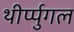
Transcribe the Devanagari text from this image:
थीर्प्पुगल